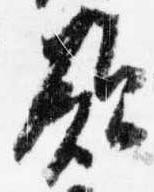
願